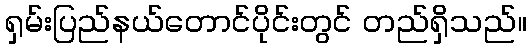
ရှမ်းပြည်နယ်တောင်ပိုင်းတွင် တည်ရှိသည်။